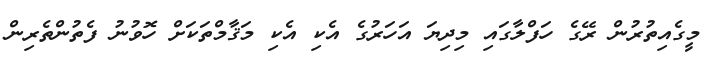
މީގެއިތުރުން ރޭގެ ހަފްލާގައި މިދިޔަ އަހަރުގެ އެކި އެކި މަޤާމްތަކަށް ހޮވުނު ފެތުންތެރިން